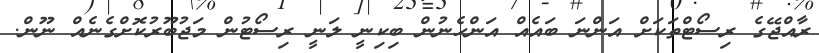
ރާއްޖޭގެ ރިސޯޓްތަކަށް އަންނަ ބައެއް އަންހެނުން ބިކިނީ ލަނީ ރިސޯޓުން މަޖުބޫރުކޮށްގެނެއް ނޫން.